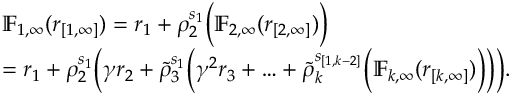
\begin{array} { r l } & { \mathbb { F } _ { 1 , \infty } ( { r } _ { [ 1 , \infty ] } ) = r _ { 1 } + \rho _ { 2 } ^ { s _ { 1 } } \Big ( \mathbb { F } _ { 2 , \infty } ( { r } _ { [ 2 , \infty ] } ) \Big ) } \\ & { = r _ { 1 } + \rho _ { 2 } ^ { s _ { 1 } } \Big ( \gamma r _ { 2 } + \tilde { \rho } _ { 3 } ^ { s _ { 1 } } \Big ( \gamma ^ { 2 } r _ { 3 } + \ldots + \tilde { \rho } _ { k } ^ { s _ { [ 1 , k - 2 ] } } \Big ( \mathbb { F } _ { k , \infty } ( { r } _ { [ k , \infty ] } ) \Big ) \Big ) \Big ) . } \end{array}